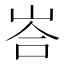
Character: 峇